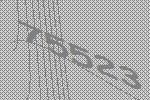
75523